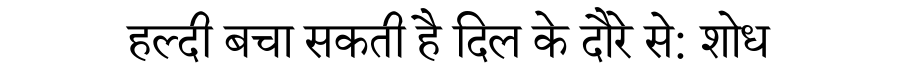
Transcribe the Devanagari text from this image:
हल्दी बचा सकती है दिल के दौरे से: शोध